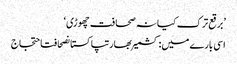
’برقع ترک کیا نہ صحافت چھوڑی‘
اسی بارے میں: کشمیربھارتپاکستانصحافتاحتجاج